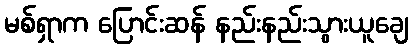
မစ်ရှာက ပြောင်းဆန် နည်းနည်းသွားယူချေ